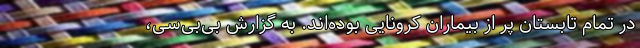
در تمام تابستان پر از بیماران کرونایی بوده‌اند. به گزارش بی‌بی‌سی،